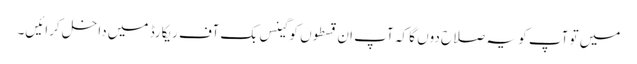
میں تو آپ کو یہ صلاح دوں گا کہ آپ ان قسطوں کو گینس بک آف ریکارڈ میں داخل کرائیں۔